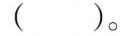
()。